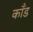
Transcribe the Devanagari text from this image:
काँड